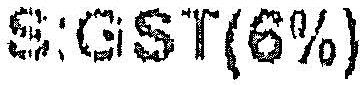
S:GST(6%)